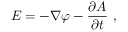
{ \boldsymbol { E } } = - { \boldsymbol { \nabla } } \varphi - { \frac { \partial { \boldsymbol { A } } } { \partial t } } \ ,